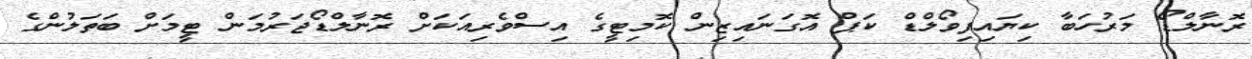
ރޮނާލްޑޯ މަރުހަބާ ކިޔައިފިވޯލްޑް ކަޕް އޮގަނައިޒިން ކޮމިޓީގެ އިސްވެރިއަކަށް ރޮނާލްޑޯޖަރުމަން ޓީމަށް ބަތަލުންގެ